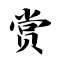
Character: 赏